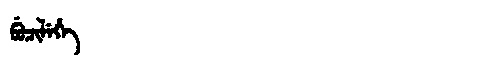
Manchu: ᠪᡠᠴᡳᠯᡝᡥᡝ
Romanization: BUCILEHE